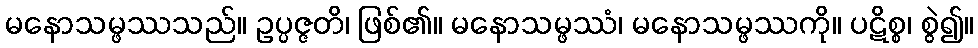
မနောသမ္ဖဿသည်။ ဥပ္ပဇ္ဇတိ၊ ဖြစ်၏။ မနောသမ္ဖဿံ၊ မနောသမ္ဖဿကို။ ပဋိစ္စ၊ စွဲ၍။